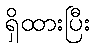
ရှိထားပြီး